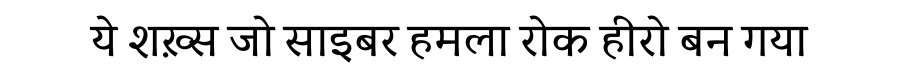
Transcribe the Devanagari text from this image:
ये शख़्स जो साइबर हमला रोक हीरो बन गया